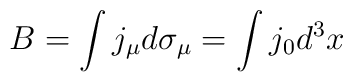
B = \int j_{\mu} d \sigma_{\mu} = \int j_{0} d^{3} x